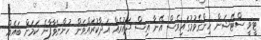
ޓީވީ ސްޓޭޝަން ހިންގެވުމުގައިވެސް އޭނާ އިސް ދައުރެއް އަދާކުރައްވަން ހުންނަވާފާނެ ކަމަށް ބައެއް